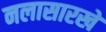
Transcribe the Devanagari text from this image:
नलासारखे